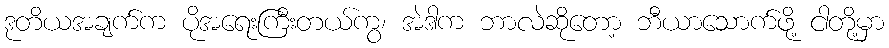
ဒုတိယအချက်က ပိုအရေးကြီးတယ်ကွ၊ အဲဒါက ဘာလဲဆိုတော့ ဘီယာသောက်ဖို့ ငါတို့မှာ